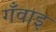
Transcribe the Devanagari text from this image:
गँवाइ